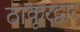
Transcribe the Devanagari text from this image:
ठाकूरद्वार